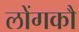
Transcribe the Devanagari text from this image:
लोंगकौ